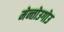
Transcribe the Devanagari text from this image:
मेन्तोउगोउ